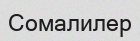
Сомалилер